Annual report on the lock hospitals of the Madras Presidency
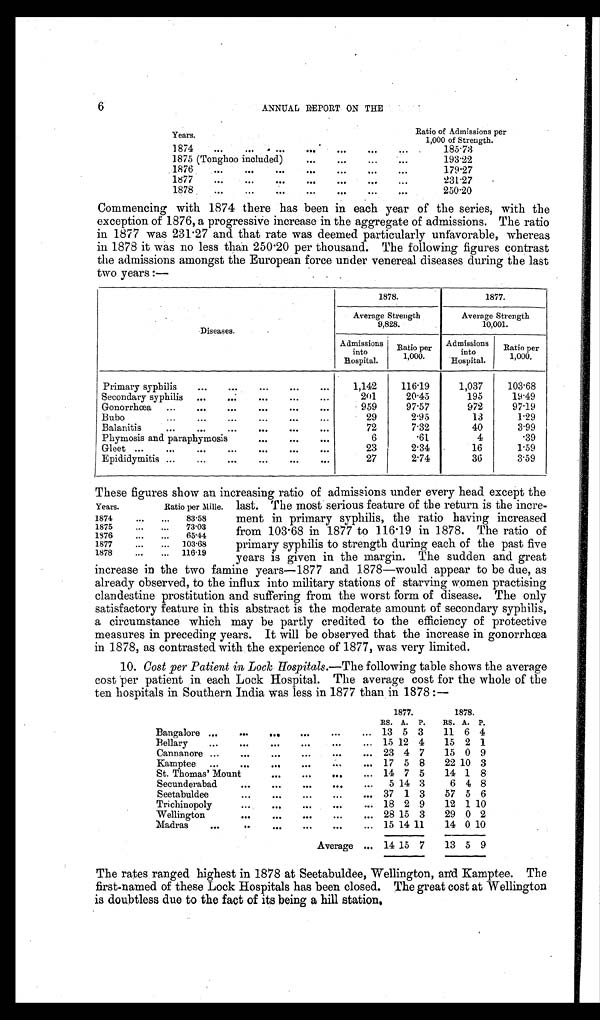
6
ANNUAL REPORT ON THE
Years
Ratio of Admissions per
1,000 of Strength.
1874 ...
... ... ... ... ... ...
185.73
1875 (Tonghoo included)
...
...
...
...
193.22
1876
...
...
...
...
...
...
. . .
179.27
1877
...
...
...
...
...
. . .
. . . 231.27
1878
...
...
...
...
...
...
. . .
250.20
Commencing with 1874 there has been in each year of the series, with the
exception of 1876, a progressive increase in the aggregate of admissions. The ratio
in 1877 was 231.27 and that rate was deemed particularly unfavorable, whereas
in 1878 it was no less than 250.20 per thousand. The following figures contrast
the admissions amongst the European force under venereal diseases during the last
two years :—
Diseases.
1878.
1877.
Average Strength
9,828.
Average Strength
10,001.
Admissions
into
Hospital.
Ratio per
1,000.
Admissions
in
to Hospital.
Ratio per
1,000.
Primary syphilis ... ...
... ... ...
1,142
116.19
1,037
103.68
Secondary syphilis ...
... . . .
. . .
. . .
201
20.45
195
19.49
Gonorrhœa ... ... ...
...
...
...
959
97.57
972
97.19
Bubo
...
...
...
...
...
. . .
29
2.95
13
1.29
Balanitis
...
...
...
...
...
. . .
72
7.32
40
3.99
Phymosis and paraphymosis
...
...
. . .
6
.61
4
.39
Gleet
. . .
. . .
. . .
. . .
. . .
. . .
. . .
23
2.34
16
1.59
Epididymitis ...
...
...
...
...
...
27
2.74
36
3.59
These figures show an increasing ratio of admissions under every head except the
last. The most serious feature of the return is the incre-
ment in primary syphilis, the ratio having increased
from 103.68 in 1877 to 116.19 in 1878. The ratio of
primary syphilis to strength during each of the past five
years is given in the margin. The sudden and great
increase in the two famine years—1877 and 1878—would appear to be due, as
already observed, to the influx into military stations of starving women practising
clandestine prostitution and suffering from the worst form of disease. The only
satisfactory feature in this abstract is the moderate amount of secondary syphilis,
a circumstance which may be partly credited to the efficiency of protective
measures in preceding years. It will be observed that the increase in gonorrhœa
in 1878, as contrasted with the experience of 1877, was very limited.
10. Cost per Patient in Lock Hospitals.—The following table shows the average
cost per patient in each Lock Hospital. The average cost for the whole of the
ten hospitals in Southern India was less in 1877 than in 1878 :—
1877.
1878.
RS. A. P. RS. A. P.
Bangalore ...
...
...
...
...
... 13 5 3 11 6 4
Bellary ...
...
...
... . . .
. . . 15 12 4 15 2 1
Cannanore ...
...
...
...
...
... 23 4 7 15 0 9
Kamptee ...
...
...
...
...
... 17 5 8 22 10 3
St. Thomas' Mount
...
...
...
... 14 7 5 14 1 8
Secunderabad
...
...
...
...
... 5 14 3
6 4 8
Seetabuldee
...
...
...
...
... 37 1 3 57 5 6
Trichinopoly
...
...
...
. . .
. . .
18 2 9 12 1 10
Wellington
...
...
...
...
... 28 15 3 29 0 2
Madras
...
... . . .
. . .
. . .
. . . 15 14 11 14 0 10
Average ... 14 15 7 13 5 9
The rates ranged highest in 1878 at Seetabuldee, Wellington, and Kamptee. The
first-named of these Lock Hospitals has been closed. The great cost at Wellington
is doubtless due to the fact of its being a hill station.
Years.
Ratio per Mille.
1874
... ... 83.58
1875
... ... 73.03
1376
... ... 65.44
1877
...
. . . 103.68
1878
. . .
. . . 116.19